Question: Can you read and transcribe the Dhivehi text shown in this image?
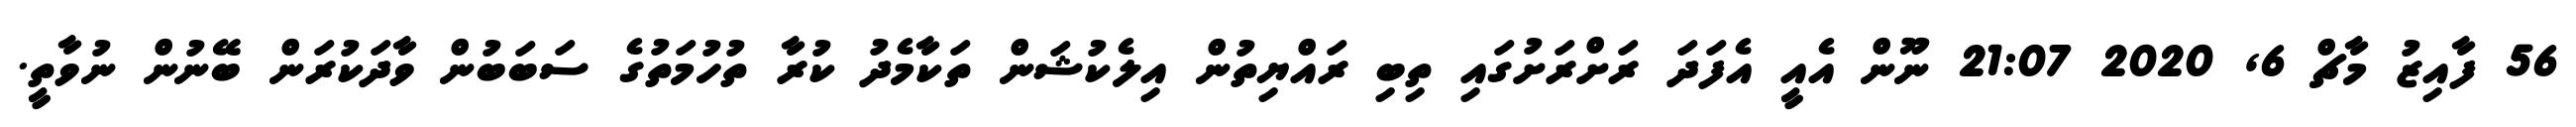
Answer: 56 ފާއިޒު މާޗް 6, 2020 21:07 ނޫން އެއީ އެފަދަ ރަށްރަށުގައި ތިބި ރައްޔިތުން އިލެކުޝަން ތަކާމެދު ކުރާ ތުހުމަތުގެ ސަބަބުން ވާދަކުރަން ބޭނުން ނުވާތީ.